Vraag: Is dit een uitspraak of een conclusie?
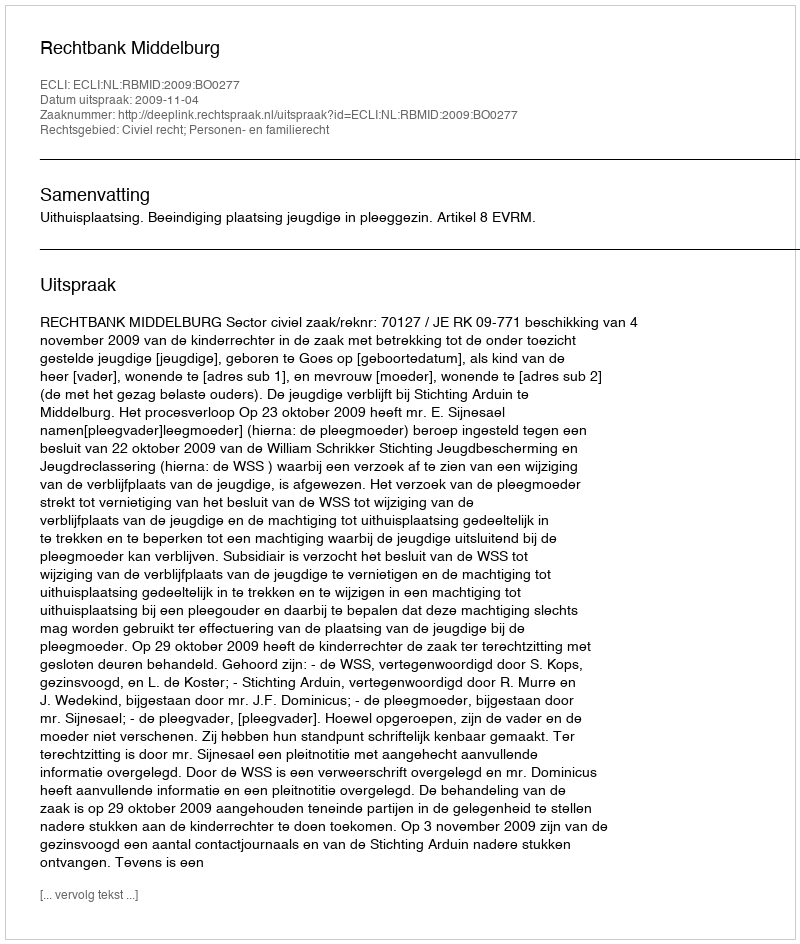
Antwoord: Uitspraak